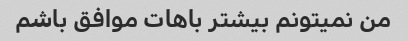
من نمیتونم بیشتر باهات موافق باشم